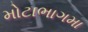
મોટાભાગમા